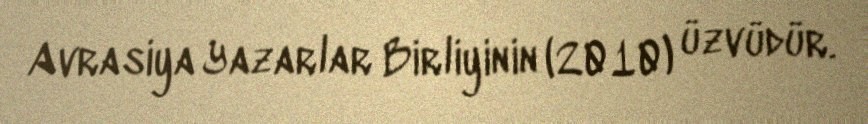
Avrasiya Yazarlar Birliyinin (2010) üzvüdür.